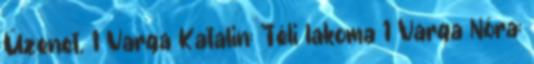
Üzenet. 1 Varga Katalin: Téli lakoma 1 Varga Nóra: